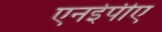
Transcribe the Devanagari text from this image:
एनईपीए